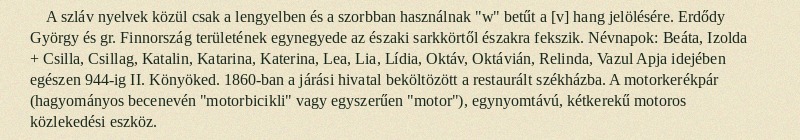
A szláv nyelvek közül csak a lengyelben és a szorbban használnak "w" betűt a [v] hang jelölésére. Erdődy György és gr. Finnország területének egynegyede az északi sarkkörtől északra fekszik. Névnapok: Beáta, Izolda + Csilla, Csillag, Katalin, Katarina, Katerina, Lea, Lia, Lídia, Oktáv, Oktávián, Relinda, Vazul Apja idejében egészen 944-ig II. Könyöked. 1860-ban a járási hivatal beköltözött a restaurált székházba. A motorkerékpár (hagyományos becenevén "motorbicikli" vagy egyszerűen "motor"), egynyomtávú, kétkerekű motoros közlekedési eszköz.